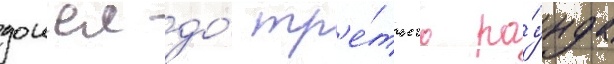
дошел до́ тр'е́тьего ра́унда